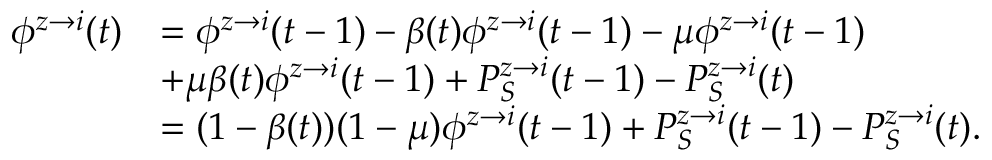
\begin{array} { r l } { \phi ^ { z \rightarrow i } ( t ) } & { = \phi ^ { z \rightarrow i } ( t - 1 ) - \beta ( t ) \phi ^ { z \rightarrow i } ( t - 1 ) - \mu \phi ^ { z \rightarrow i } ( t - 1 ) } \\ & { + \mu \beta ( t ) \phi ^ { z \rightarrow i } ( t - 1 ) + P _ { S } ^ { z \rightarrow i } ( t - 1 ) - P _ { S } ^ { z \rightarrow i } ( t ) } \\ & { = ( 1 - \beta ( t ) ) ( 1 - \mu ) \phi ^ { z \rightarrow i } ( t - 1 ) + P _ { S } ^ { z \rightarrow i } ( t - 1 ) - P _ { S } ^ { z \rightarrow i } ( t ) . } \end{array}